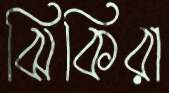
ঝিকিরা